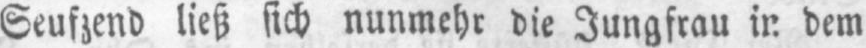
dem